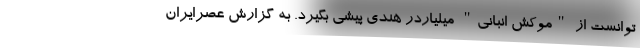
توانست از "موکش انبانی" میلیاردر هندی پیشی بگیرد. به گزارش عصرایران